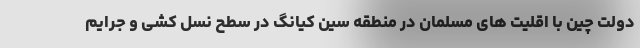
دولت چین با اقلیت های مسلمان در منطقه سین کیانگ در سطح نسل کشی و جرایم